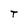
Character: T